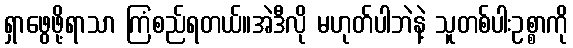
ရှာဖွေဖို့ရာသာ ကြံစည်ရတယ်။အဲဒီလို မဟုတ်ပါဘဲနဲ့ သူတစ်ပါးဥစ္စာကို